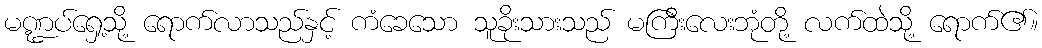
မဏ္ဍပ်ရှေ့သို့ ရောက်လာသည်နှင့် ကံခေသော သူခိုးသားသည် မကြီးလေးဘုံတို့ လက်ထဲသို့ ရောက်၏။